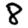
Digit: 8